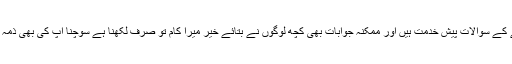
چند نمونے کے سوالات پیش خدمت ہیں اور ممکنہ جوابات بھی کچھ لوگوں نے بتائے خیر میرا کام تو صرف لکھنا ہے سوچنا آپ کی بھی ذمہ داری ہے ۔